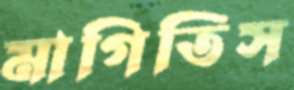
মাগিতিস